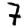
Digit: 7